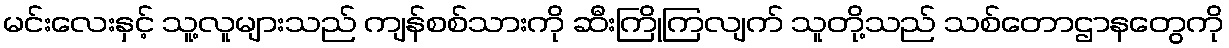
မင်းလေးနှင့် သူ့လူများသည် ကျန်စစ်သားကို ဆီးကြိုကြလျက် သူတို့သည် သစ်တောဌာနတွေကို